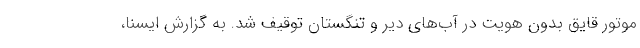
موتور قایق بدون هویت در آب‌های دیر و تنگستان توقیف شد. به گزارش ایسنا،